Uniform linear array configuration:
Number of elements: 4
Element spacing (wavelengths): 0.75
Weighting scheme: blackman
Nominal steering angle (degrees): -45
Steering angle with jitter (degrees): -46.318
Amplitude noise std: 0.05
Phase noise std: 0.05

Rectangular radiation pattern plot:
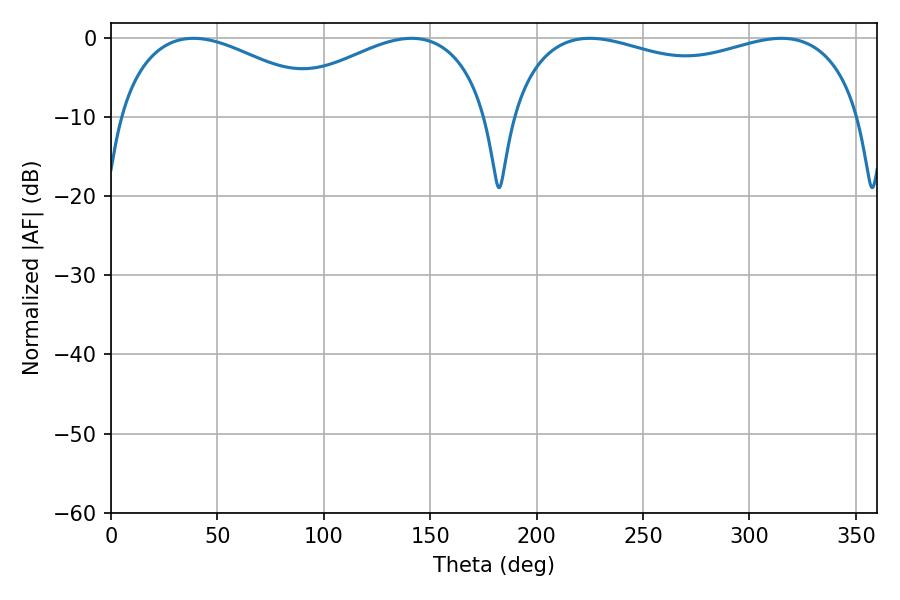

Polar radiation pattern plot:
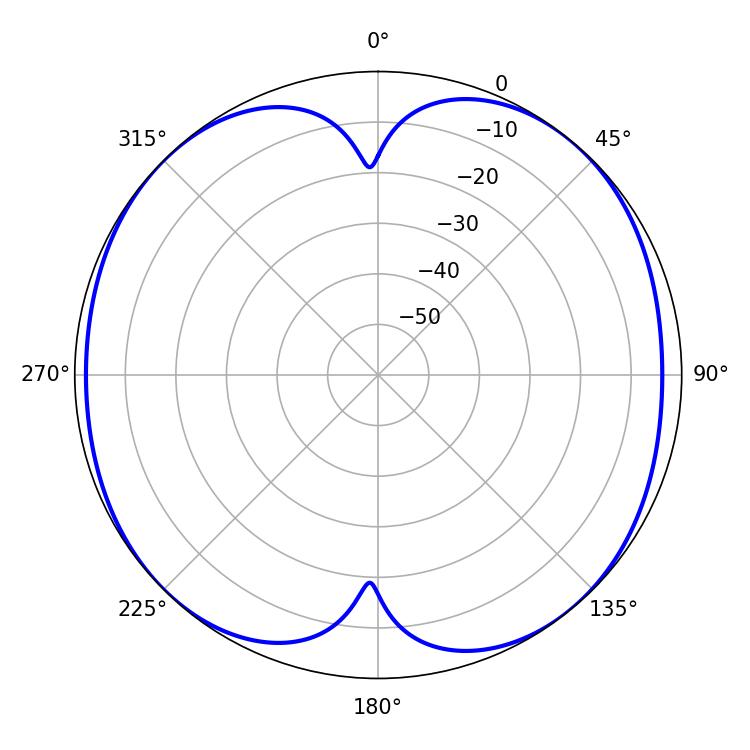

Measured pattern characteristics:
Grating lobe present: TRUE
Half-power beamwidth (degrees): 136.08
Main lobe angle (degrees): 225